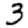
Digit: 3